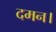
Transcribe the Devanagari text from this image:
दमन।